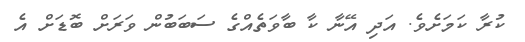
ކުރާ ކަމަށެވެ. އަދި އޭނާ ކާ ބާވަތެއްގެ ސަބަބުން ވަރަށް ބޮޑަށް އެ